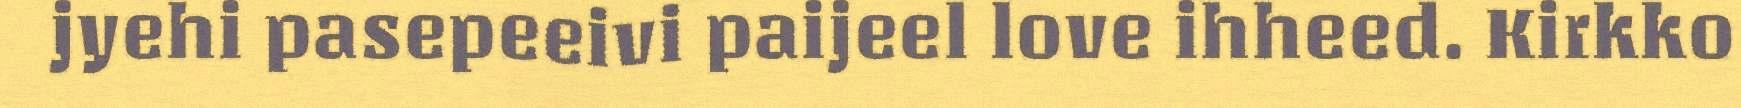
jyehi pasepeeivi paijeel love ihheed. Kirkko